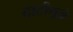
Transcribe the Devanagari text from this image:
दाटीमुळे